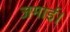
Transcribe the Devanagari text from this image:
जमाई।